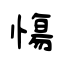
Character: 慯